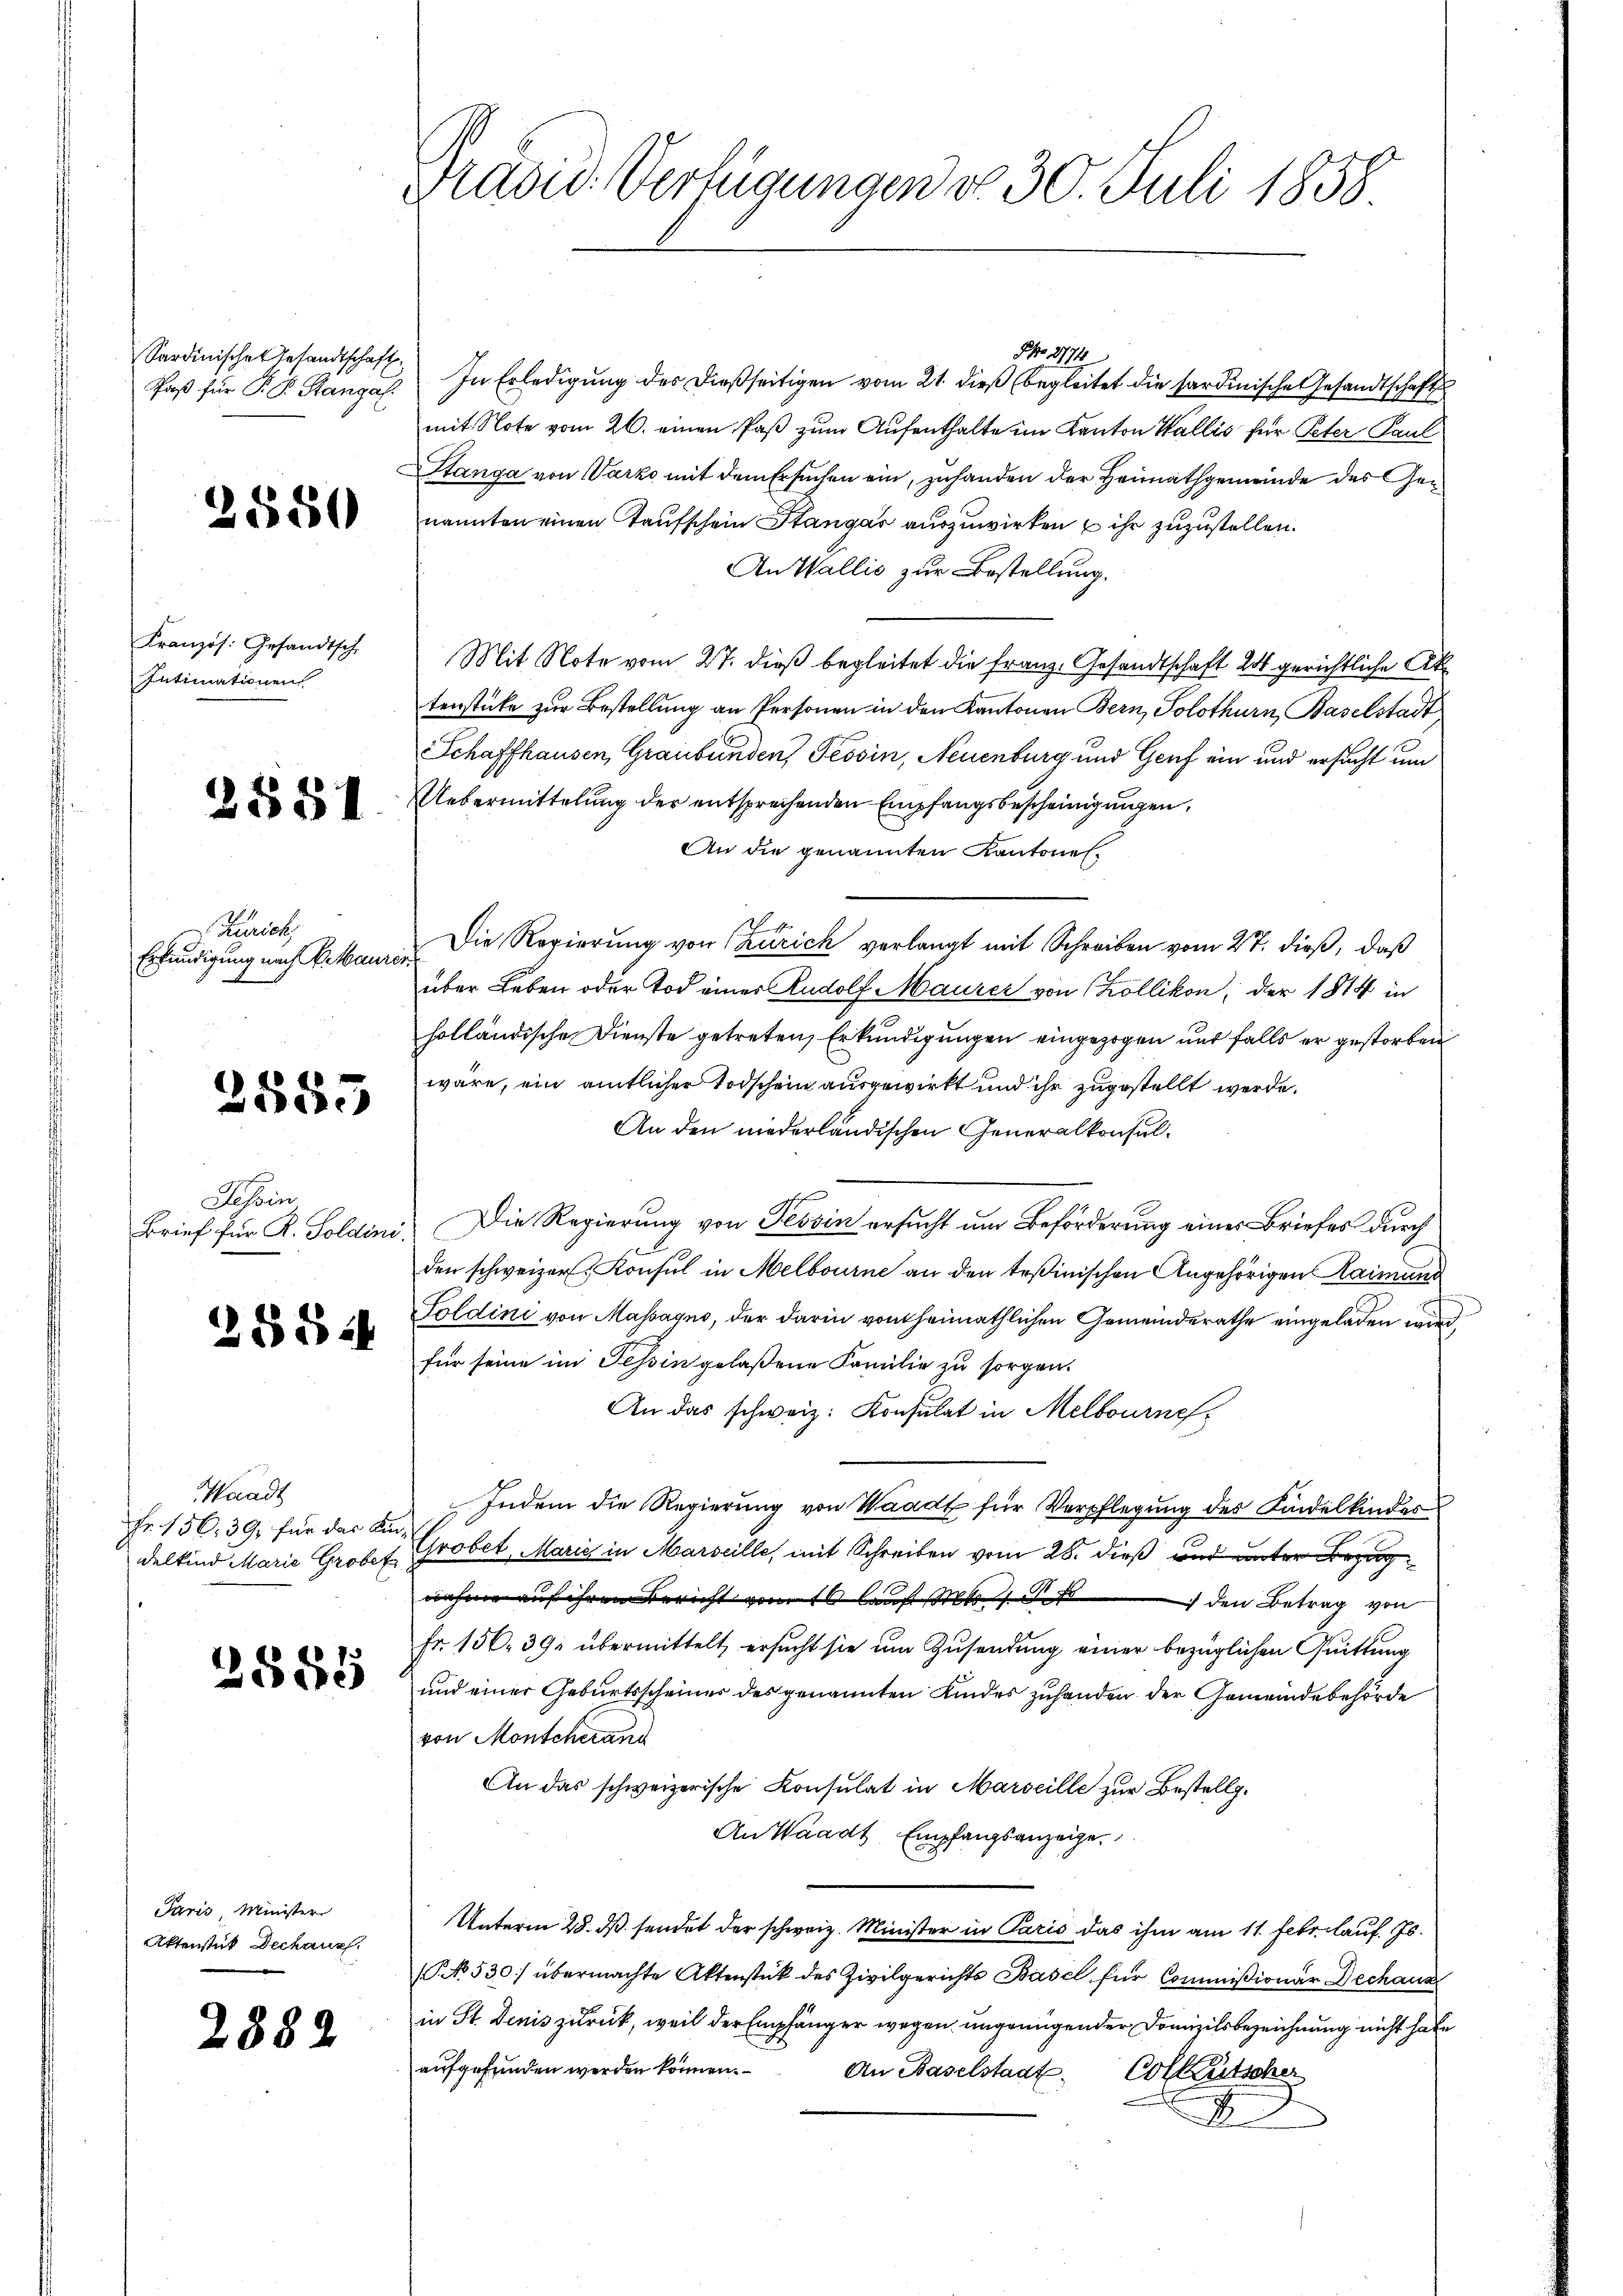
Sardinischen Gesandtschaft

2550

Kranzös. Gesandtsch
Intimationen

2881

Zürich,
Erkundigung nach Ertbaurer

2585

Tessin
Brief für R. Soldini.

28 544.

Waadt
Fr. 156. 39, für das Kin¬

2885

Paris Minister
Aktenstück Dechaus

2882

Käsid. Verfügungen d. 30. Juli 1858.

SNo. 2774
Paβ für P. F. Stangal. In Erledigŭng des dießseitigen vom 21. dieß begleitet die sardinische Gesandtschaft
mit Note vom 26. einen Paß zum Aufenthalte im Kanton Wallis für Peter Paul
Stanga von Varzo mit dem Ersuchen ein, zuhanden der Heimathgemeinde des Genannten einen Taufschein Stangar auszuwirken u ihr zuzustellen.
An Wallis zur Bestellung.
Mit Note vom 27. dieß begleitet die Franz. Gesandtschaft 20 gerichtliche Ak
tenstücke zur Bestellung an Personen in den Kantonen Bern, Solothurn, Baselstadt
Schaffhausen, Graubünden, Tessin, Neuenburg und Genf ein und ersucht um
Uebermittelung der entsprechenden Empfangsbescheinigungen,
An die genannten Kantonen.
Die Regierung von Zürich verlangt mit Schreiben vom 27. dieß, daß
über Leben oder Tod einer Rudolf Maurer von Zollikon, der 1814 in
holländische Dienste getreten, Erkundigungen eingezogen und falls er gestorben
wäre, ein amtlicher Todschein ausgewirkt und ihr zugestellt werde.
An den niederländischen Generalkonsul¬
Die Regierung von Tessin ersucht um Beförderung eines Briefes durch
den schweizer Konsul in Melbourne an den Teßinischen Angehörigen Raimund
Goldini von Massagno, der darin von heimathlichen Gemeinderathe eingeladen wird,
für seine im Tessin gelaßene Familie zu sorgen.
An das schweiz. Konsulat in Melbournef.
Indem die Regierung von Waadt für Verpflegung des Kindelkindes
delkind Marie Grobes Grobet, Maria in Marseille, mit Schreiben vom 28. dieß und unter Bezugnahme auf ihren Bericht vom 16 lauf des den Betrag von
Fr. 156. 39. übermittelt, ersucht sie um Zusendung einer bezüglichen Quittung
und einer Geburtsscheines des genannten Kindes zuhanden der Gemeindebehörde
von Monscherand
An das schweizerische Konsulat in Marseille zur Bestell¬
An Waadt Empfangsanzeige
Unterm 25. ds sendet der schweiz. Minister in Paris das ihm am 11. Febr. lauf. Js.
(NNo. 530 übermachte Aktenstück des Zivilgerichts Basel für Commißionar Dechanz
in St. Denis zurück, weil der Empfänger wegen ungenügender Domizilsbezeichnung nicht habe
aŭfgefunden werden können. An Baselstaat. Colkutscher
D